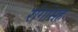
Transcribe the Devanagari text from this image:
रांगांसह